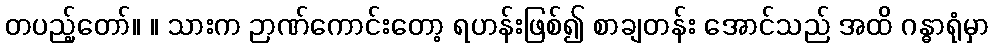
တပည့်တော်။ ။ သားက ဉာဏ်ကောင်းတော့ ရဟန်းဖြစ်၍ စာချတန်း အောင်သည် အထိ ဂန္ဓာရုံမှာ